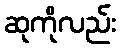
ဆုကိုလည်း